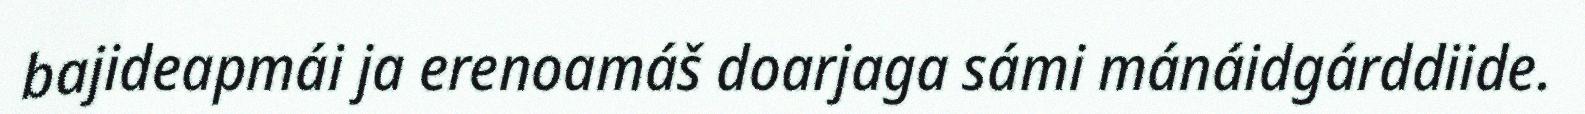
bajideapmái ja erenoamáš doarjaga sámi mánáidgárddiide.